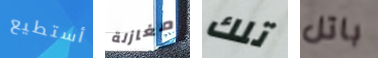
أستطيع مغازلة تلك باتل